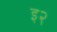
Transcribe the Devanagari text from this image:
इ२